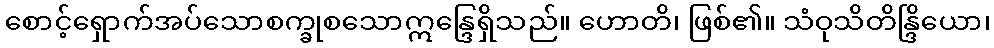
စောင့်ရှောက်အပ်သောစက္ခုစသောဣန္ဒြေရှိသည်။ ဟောတိ၊ ဖြစ်၏။ သံဝုသိတိန္ဒြိယော၊